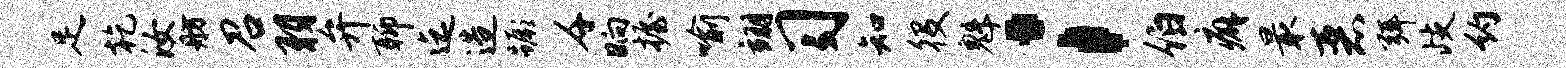
足乾汝舫召羽弁聊迄造蹶千晌握喻翊习知役魁；伯癖最恶弭歧约